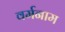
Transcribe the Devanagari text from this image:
वर्मनाम